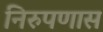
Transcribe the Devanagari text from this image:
निरुपणास